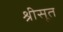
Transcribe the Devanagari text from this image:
श्रीसूत